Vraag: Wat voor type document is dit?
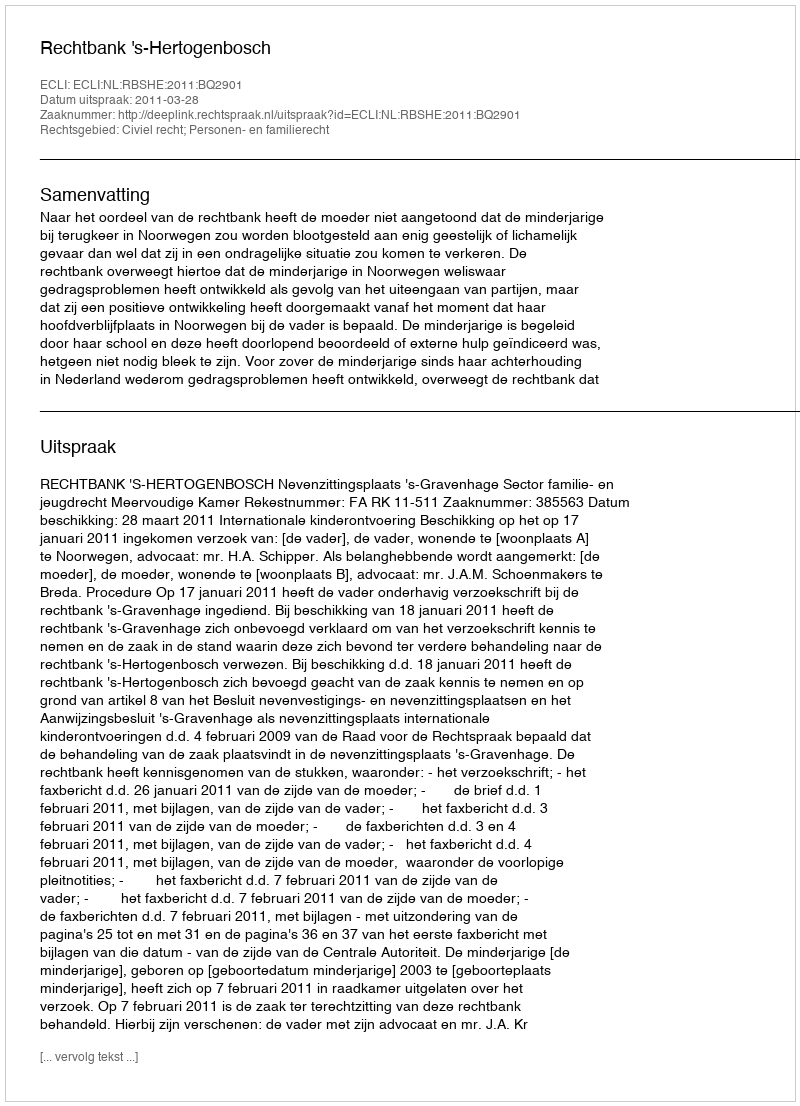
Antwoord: Uitspraak